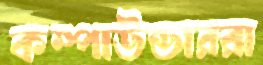
কম্পাউন্ডাররা